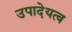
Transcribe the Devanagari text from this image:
उपादेयत्व